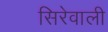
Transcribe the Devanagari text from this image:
सिरेवाली